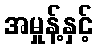
အမှုန့်နှင့်